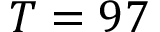
T = 9 7